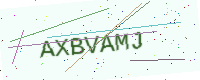
Text: AXBVAMJ